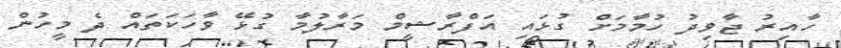
ހާއިރު ޖާވިދު ހުމާމަށް ގުޅައި އަފްރާޝީމް މަރާލުމާ ގުޅޭ ވާހަކަތައް ދެ މީހުން